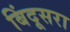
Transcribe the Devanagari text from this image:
बिंदूसरा